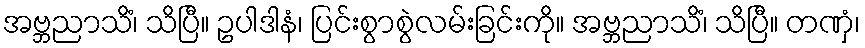
အဗ္ဘညာသိံ၊ သိပြီ။ ဥပါဒါနံ၊ ပြင်းစွာစွဲလမ်းခြင်းကို။ အဗ္ဘညာသိံ၊ သိပြီ။ တဏှံ၊